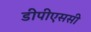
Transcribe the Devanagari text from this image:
डीपीएससी